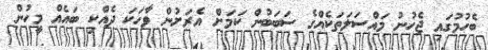
ބެހުމުގައި ޖެހުނު މައްސަލަތަކެއްގެ ސަބަބުން ކަމަށް އެރަށުން ވާހަކަ ދެއްކި ބައެއް މީހުން